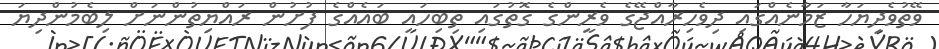
ވޭތުވެދިޔަހާ ޒަމާނެއްގައި ދިވެހިރާއްޖޭގެ ވެރީންގެ ގޮތުގައި ތިބިހައި ބައެއްގެ ފުށުން ރައްޔިތުންނަށް ލިިބެމުންދިޔަ